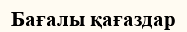
Бағалы қағаздар